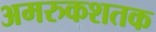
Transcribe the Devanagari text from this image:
अमरुकशतक